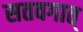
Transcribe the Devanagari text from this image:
सतवगात्